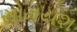
સોમયશ